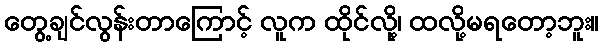
တွေ့ချင်လွန်းတာကြောင့် လူက ထိုင်လို့၊ ထလို့မရတော့ဘူး။